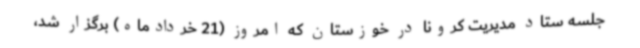
جلسه ستاد مدیریت کرونا در خوزستان که امروز (21 خردادماه) برگزار شد،